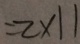
= 2 \times 1 1